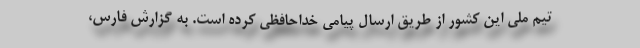
تیم ملی این کشور از طریق ارسال پیامی خداحافظی کرده است. به گزارش فارس،